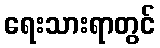
ရေးသားရာတွင်